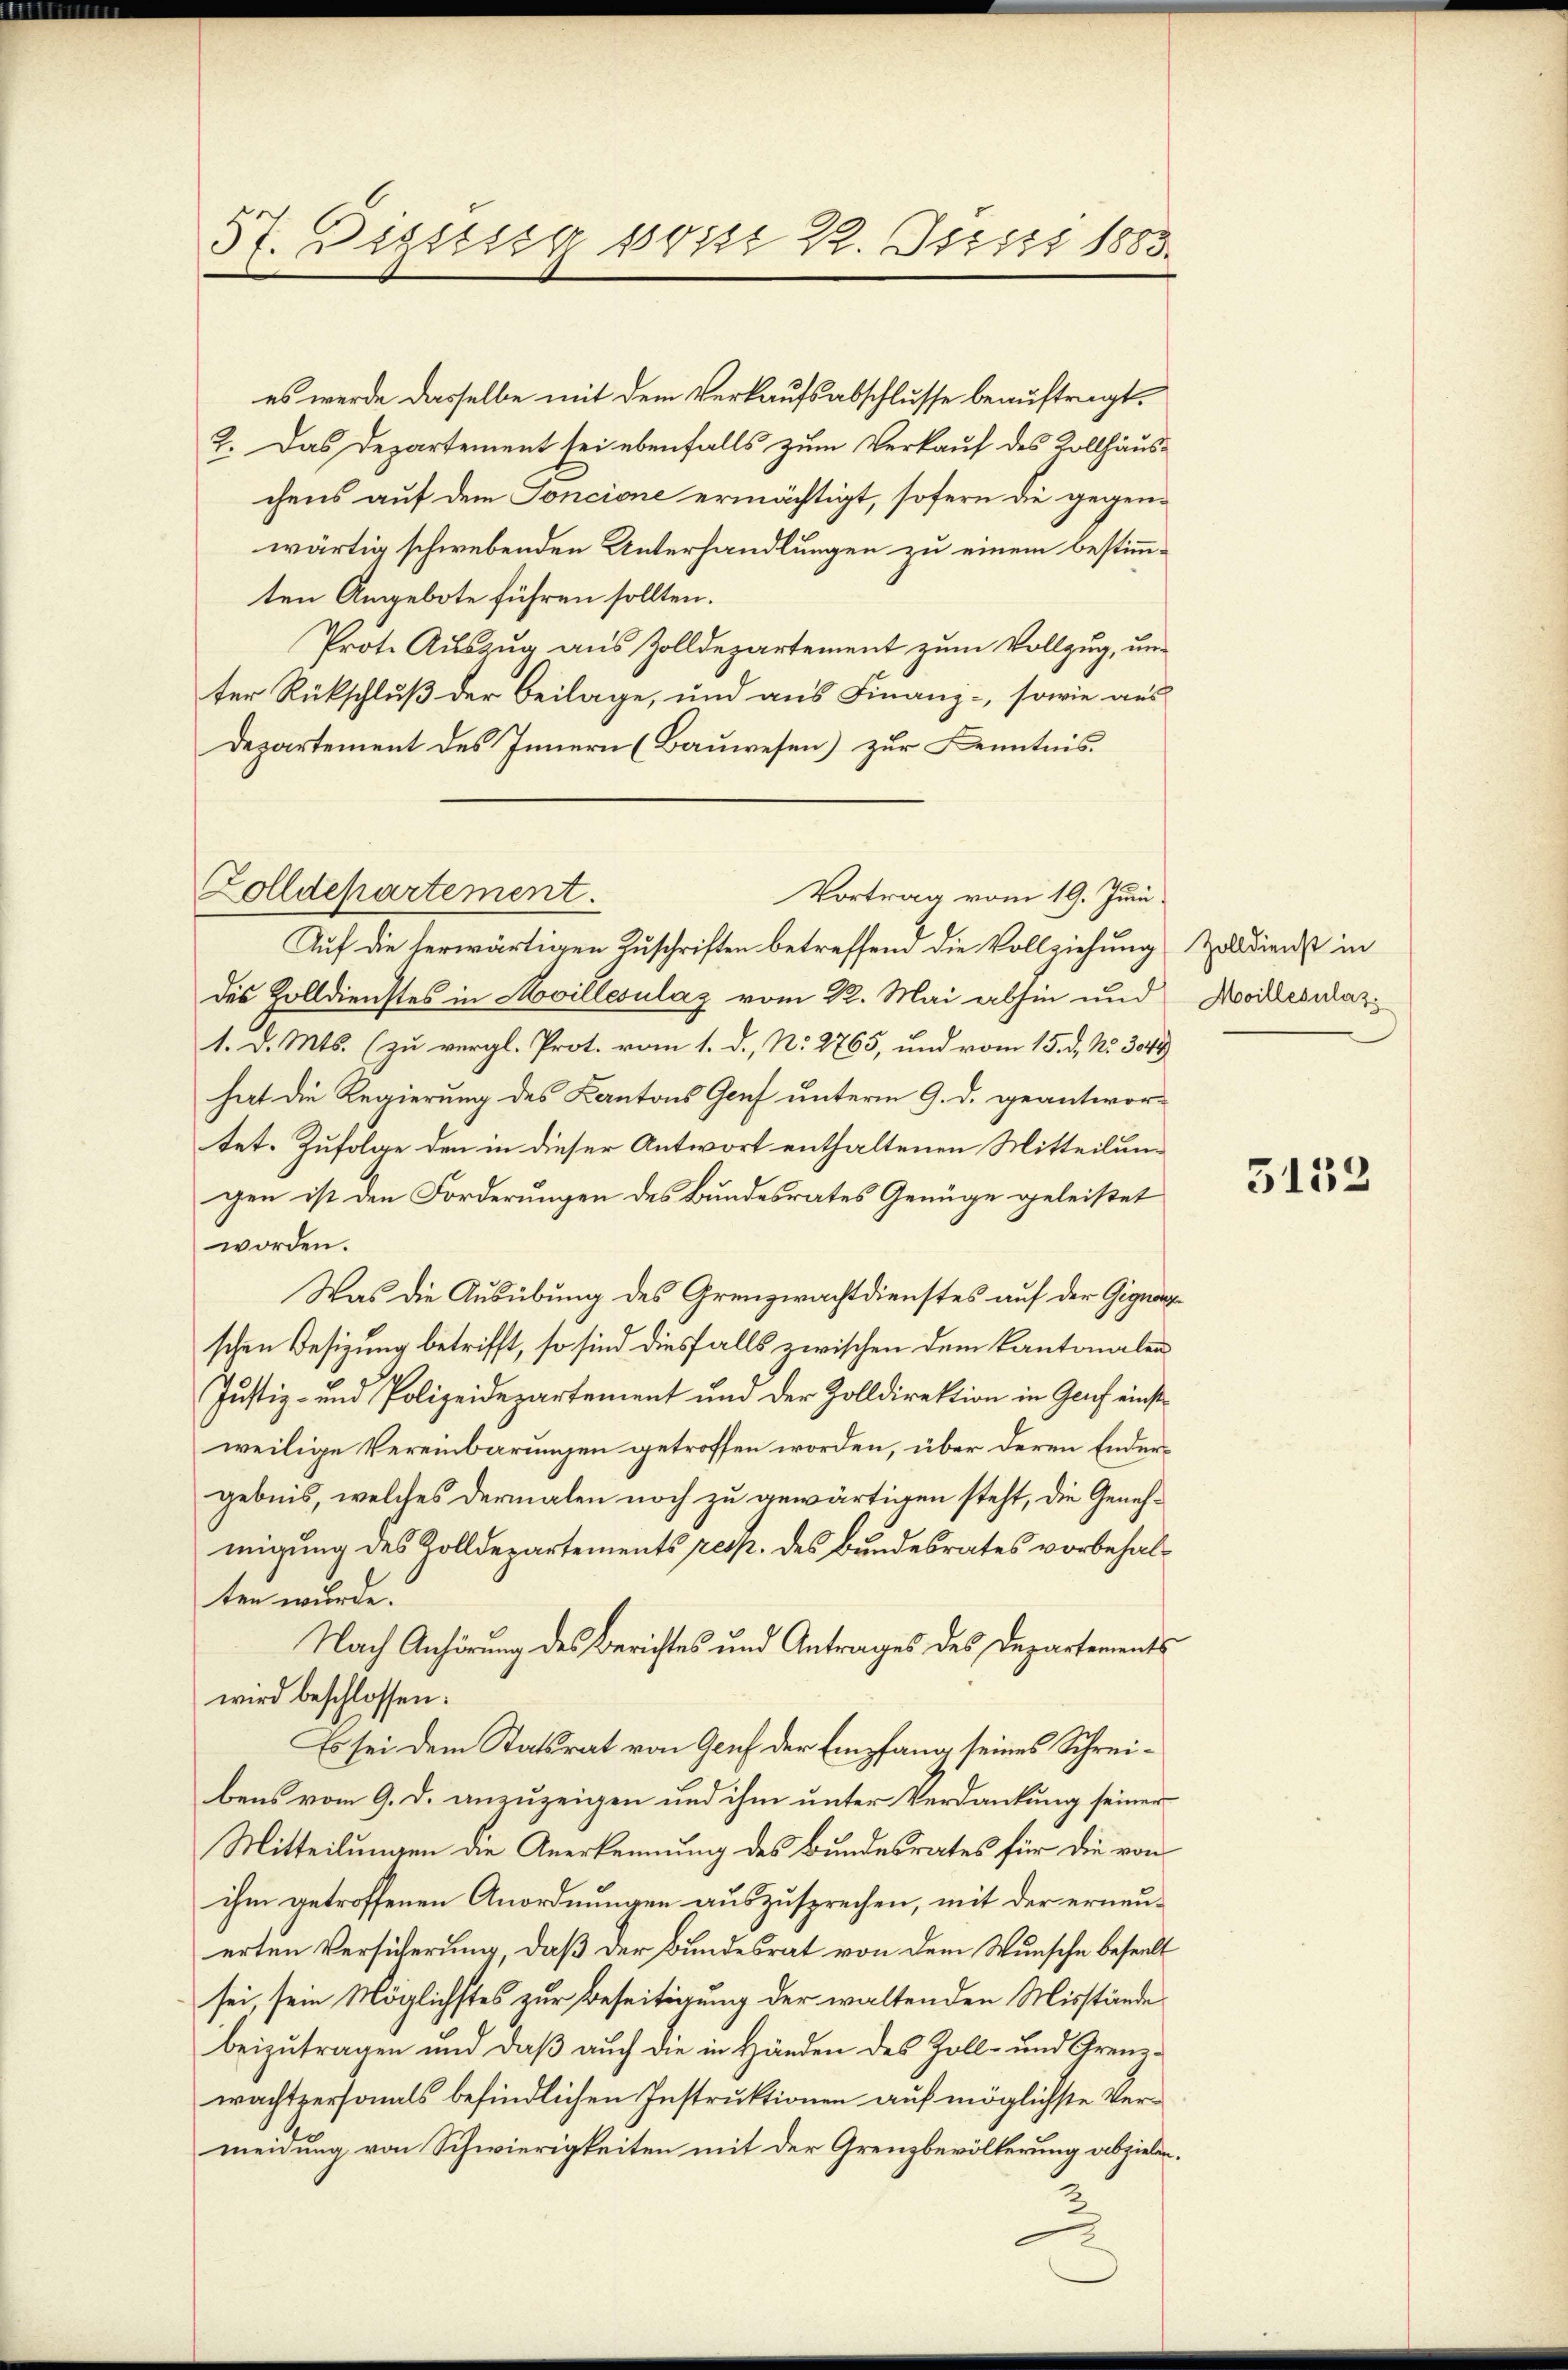
37. Dietig seit 2. Justi 1883.

es werde dasselbe mit dem Verkaufsabschlusse beauftragt,
2. Das Departement sei ebenfalls zum Verkauf des Rollhauschens auf dem Soncione ermächtigt, sofern die gegenwärtig schwebenden Unterhandlungen zu einem bestimmten Angebote führen sollten.
Prot. Auszug aus Zolldepartement zum Vollzug, um
ter Rückschluß der Beilage, und aus Finanz-, sowie aus
Departement des Innern (Bauwesen) zur Kenntnis.
Auf die herwärtigen Zuschriften betreffend die Vollziehung
des Zolldienstes in villesulaz vom 22. Mai abhin und
1. d. Mts. (zu vergl. Prot. vom 1. d. No. 2765, und vom 15. d. No. 3044
hat die Regierung des Kantons Genf unterm 9. d. geantwortet. Zufolge den in dieser Antwort enthaltenen Mitteilung
gen ist den Forderungen des Bundesrates Genüge geleistet
worden.
Was die Ausübung des Grenzwachtdienstes auf der Gegnenz
schen Besizung betrifft, so sind diesfalls zwischen dem Kantonalen
Justiz- und Polizeidepartement und der Zolldirektion in Genf einstweilige Vereinbarungen getroffen worden, über deren Endergebnis, welches dermalen noch zu gewärtigen steht, die Genehmigung des Zolldepartements resp. des Bundesrates vorbehalten wurde.
Nach Anhörung des Berichtes und Antrages des Departements
wird beschlossen:
Es sei dem Statsrat von Genf der Empfang seines Schreibens vom 9. d. anzuzeigen und ihm unter Verdankung seiner
Mitteilungen die Anerkennung des Bundesrates für die von
ihm getroffenen Anordnungen auszusprechen, mit der erneuerten Versicherung, daß der Bundesrat von dem Wunsche beseelt
sei, sein Möglichstes zur Beseitigung der waltenden Misstände
beizutragen und daß auch die in Händen des Zoll- und Grenzwachtpersonals befindlichen Instruktionen auf möglichste Vermeidung von Schwierigkeiten mit der Grenzbevölkerung abzielen

Zolldepartement.
Vortrag vom 19. Juni

Zolldienst in
Moillezulas

3152